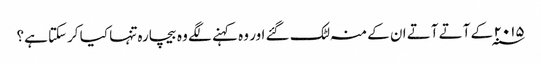
۲۰۱۵ ؁ کے آتے آتے ان کے منہ لٹک گئے اور وہ کہنے لگے وہ بیچارہ تنہا کیا کرسکتا ہے؟